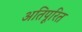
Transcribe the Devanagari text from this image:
अतिपूरित